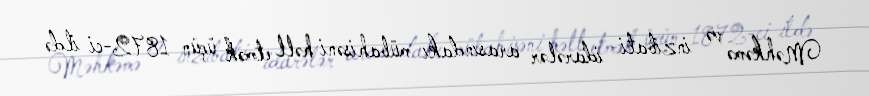
Məhkəmə və inzibati idarələr arasındakı mübahisəni həll etmək üçün 1872-ci ildə